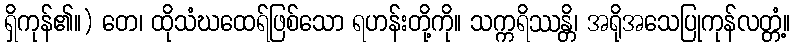
ရှိကုန်၏။) တေ၊ ထိုသံဃထေရ်ဖြစ်သော ရဟန်းတို့ကို။ သက္ကရိဿန္တိ၊ အရိုအသေပြုကုန်လတ္တံ့။